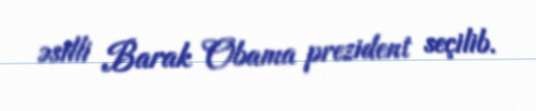
əsilli Barak Obama prezident seçilib.